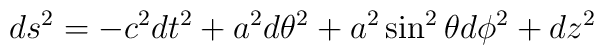
ds^2 = - c^2 dt^2 + a^2 d\theta^2 + a^2 \sin^2\theta d\phi^2+ dz^2